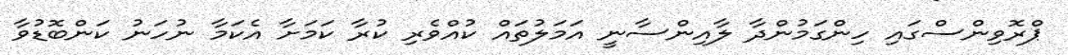
ޕްރޮވިންސްގައި ހިންގަމުންދާ ލާއިންސާނީ އަމަލުތައް ކުއްވެރި ކުރާ ކަމަށާ އެކަމާ ނުހަނު ކަންބޮޑުވާ